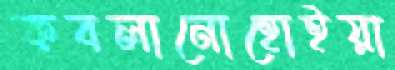
কবলানোহোইয়া